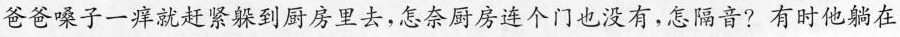
爸爸嗓子一痒就赶紧躲到厨房里去，怎奈厨房连个门也没有，怎隔音? 有时他躺在